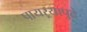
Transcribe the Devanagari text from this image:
पायऱ्यापुढे